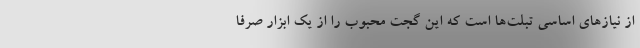
از نیازهای اساسی تبلت‌ها است که این گجت محبوب را از یک ابزار صرفا